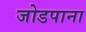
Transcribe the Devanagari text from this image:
जोडपाना